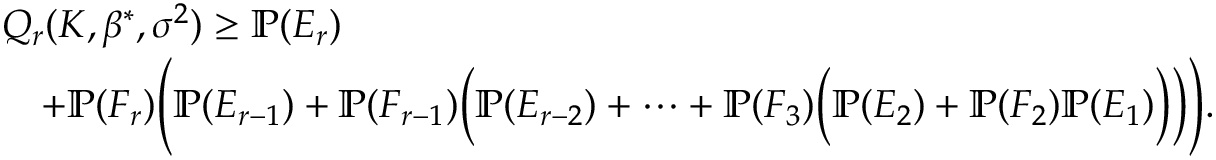
\begin{array} { r l } & { Q _ { r } ( K , \beta ^ { * } , \sigma ^ { 2 } ) \geq \mathbb { P } ( E _ { r } ) } \\ & { \quad + \mathbb { P } ( F _ { r } ) \Bigg ( \mathbb { P } ( E _ { r - 1 } ) + \mathbb { P } ( F _ { r - 1 } ) \bigg ( \mathbb { P } ( E _ { r - 2 } ) + \cdots + \mathbb { P } ( F _ { 3 } ) \Big ( \mathbb { P } ( E _ { 2 } ) + \mathbb { P } ( F _ { 2 } ) \mathbb { P } ( E _ { 1 } ) \Big ) \bigg ) \Bigg ) . } \end{array}